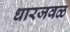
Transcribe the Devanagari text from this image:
धारजवळ